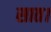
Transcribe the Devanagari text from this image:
सात।